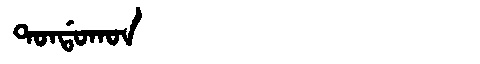
Manchu: ᡨᠣᠨᡩᠣᡴᠣᠨ
Romanization: TONDOKON